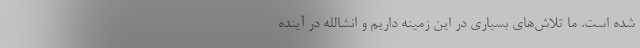
شده است. ما تلاش‌های بسیاری در این زمینه داریم و انشالله در آینده